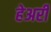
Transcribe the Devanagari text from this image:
हेअरी